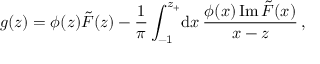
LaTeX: g ( z ) = \phi ( z ) \tilde { F } ( z ) - { \frac { 1 } { \pi } } \int _ { - 1 } ^ { z _ { + } } \! \mathrm { d } x \, { \frac { \phi ( x ) \, \mathrm { I m } \, \tilde { F } ( x ) } { x - z } } \, ,